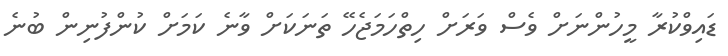
ޑައިވްކުރާ މީހުންނަށް ވެސް ވަރަށް ހިތްހަމަޖެހޭ ތަނަކަށް ވާނެ ކަމަށް ކުންފުނިން ބުނެ